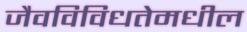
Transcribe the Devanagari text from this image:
जैवविविधतेमधील